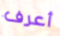
أعرف